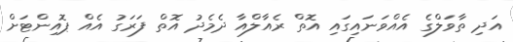
އަދި ތާވަލްގެ އެއްވަނައިގައި އޮތް ރެއާލްއާ ދެމެދު އޮތް ފަރަގު އެއް ޕޮއިންޓަށް